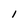
Character: l